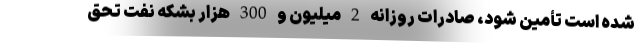
شده است تأمین شود، صادرات روزانه 2 میلیون و 300 هزار بشکه نفت تحق